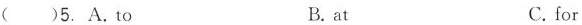
()5.A.to B.at C.for